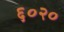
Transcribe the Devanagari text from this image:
६०२०